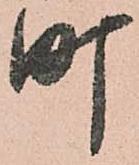
町